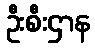
ဦးစီးဌာန